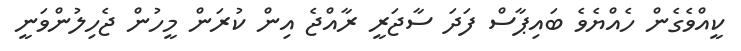
ކީއްވެގެން ހެއްޔެވެ ބައިޕާސް ފަދަ ސާޖަރީ ރާއްޖެ އިން ކުރަން މީހުން ޖެހިލުންވަނީ